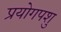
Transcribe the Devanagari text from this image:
प्रयोगपशु